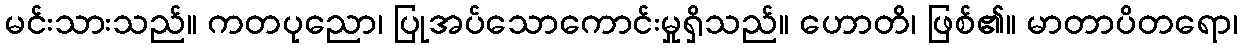
မင်းသားသည်။ ကတပုညော၊ ပြုအပ်သောကောင်းမှုရှိသည်။ ဟောတိ၊ ဖြစ်၏။ မာတာပိတရော၊